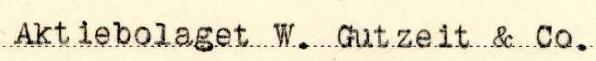
Aktiebolaget W. Gutzeit & Co.